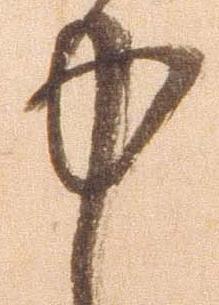
中